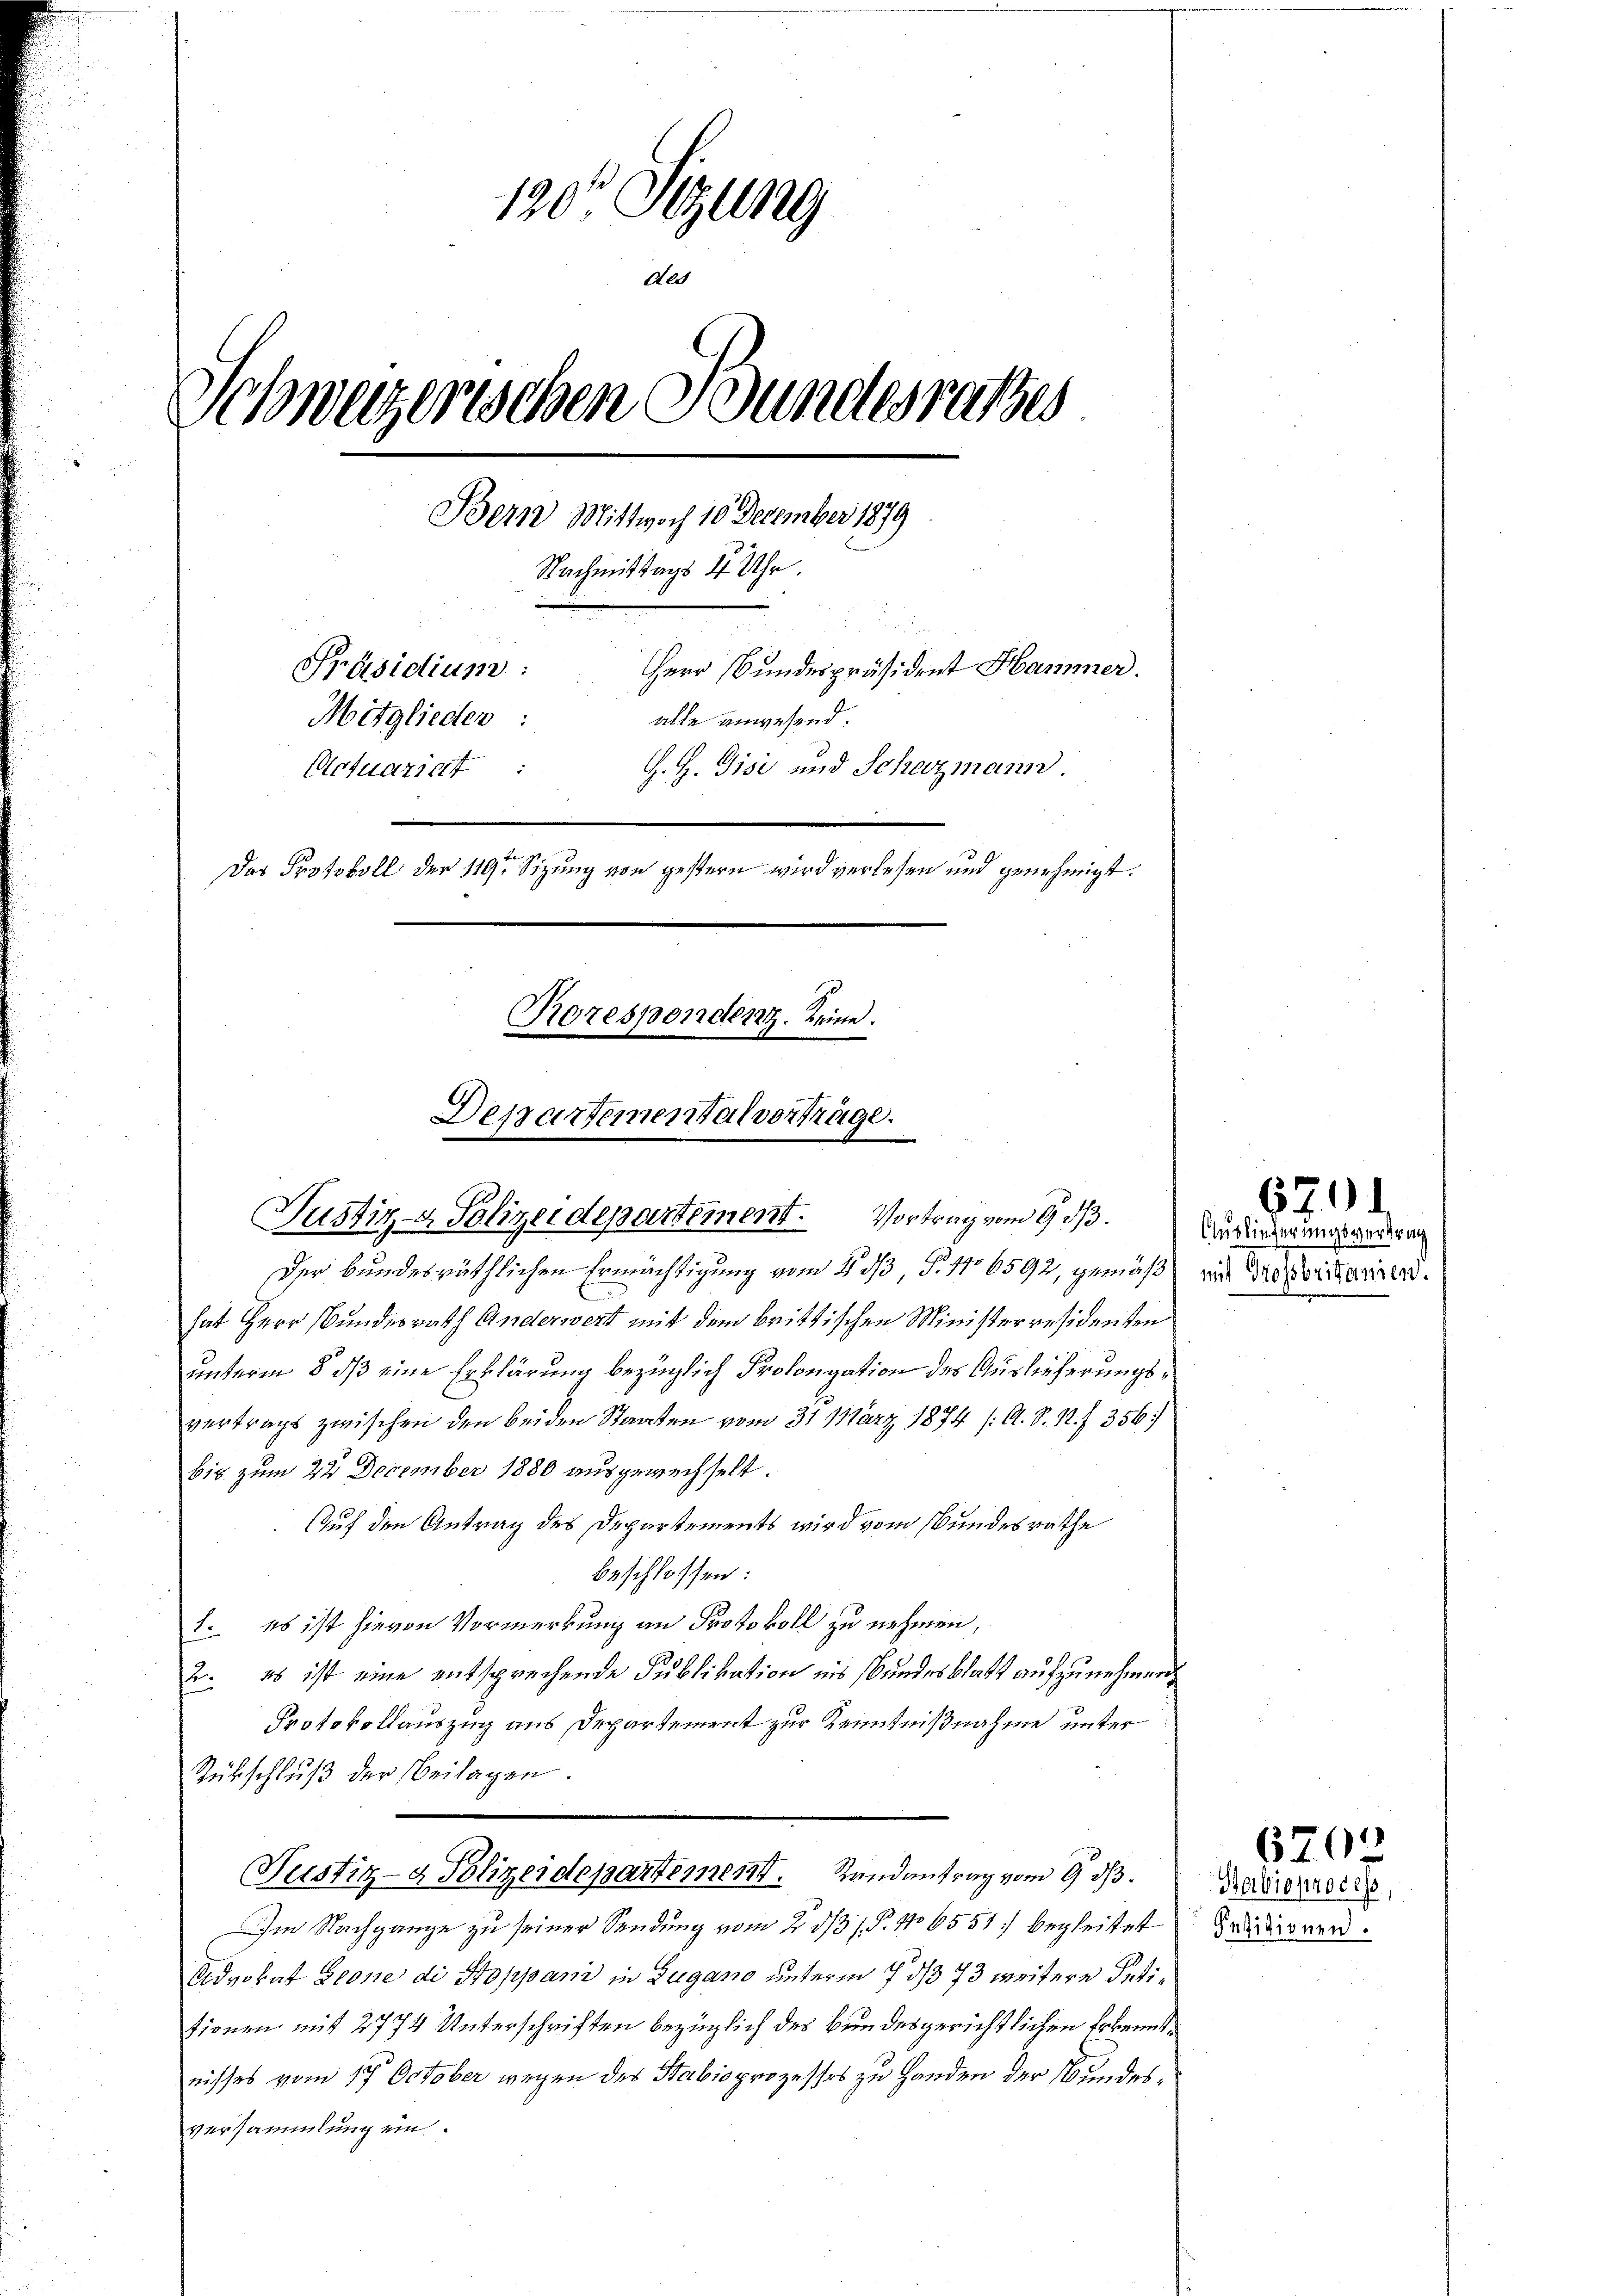
130 Sizung
Al
Schweizerischen Bundesrathes
Bern Mittwoch 10 December 1879
Nachmittags 1 Uhr.
e
Herr Bundespräsident Hammer.
Präsidium:
Mitglieden :
alle anwesend.
Actuariat :
G. H. Gisi und Schezmann.
Das Protokoll der 119 Sizung von gestern wird verlesen und genehmigt.
Rorespondenz. Reine
Departementalverträge.

Der bundesräthlichen Ermächtigung vom 4 dß, §. 116592, gemäß mit deportanen.
hat Herr Bundesrath Anderwert mit dem brittischen Ministerresidenten
unterm 8. dß eine Erklärung bezüglich Prolongation des Auslieferungsvertragt zwischen den beiden Staaten vom 31. März 1874 /: A. S. S. 356)
bis zum 22 December 1880 ausgewechselt.
Auf den Antrag des Departements wird vom Bundesräthe
beschlossen:
1. Es ist hievon Vormerkung an Protokoll zu nehmen,
E. es ist eine entsprechende Publikation eis Bundesblatt aufzunehmen,
Protokollauszug aus Departement zur Kenntnißnahme unter
Rükschluß der Beilagen.
Justiz- & Polizeidepartement. Randantrag vom 9. dβ.
Im Nachgange zu seiner Sendung vom 23. ds P. No 6551) begleitet
Advokat Peone di Stoppani in Zugano unterm 7. ds 73 weitere Petitionen mit 2774 Unterschriften bezüglich des Bundesgerichtlichen Erkenntnisses vom 17. October wegen des Stabioprozesses zu Handen der Bundesversammlung ein.

Justiz- & Polizeidepartement. Vortrag vom 9. ds.

671

Ausliederungsvertrag

Habisprocess
Pesitionen.

6700